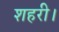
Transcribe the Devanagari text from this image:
शहरी।